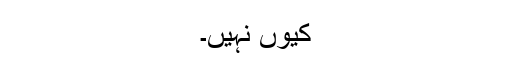
کيوں نہيں۔